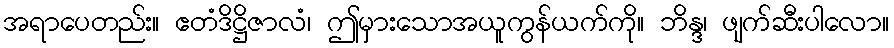
အရာပေတည်း။ ဧတံဒိဋ္ဌိဇာလံ၊ ဤမှားသောအယူကွန်ယက်ကို။ ဘိန္ဒ၊ ဖျက်ဆီးပါလော။